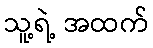
သူ့ရဲ့ အထက်